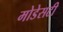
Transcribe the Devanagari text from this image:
मोडेसटी